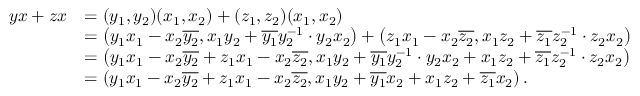
\begin{array} { r l } { y x + z x } & { = ( y _ { 1 } , y _ { 2 } ) ( x _ { 1 } , x _ { 2 } ) + ( z _ { 1 } , z _ { 2 } ) ( x _ { 1 } , x _ { 2 } ) } \\ & { = \left( y _ { 1 } x _ { 1 } - x _ { 2 } \overline { { y _ { 2 } } } , x _ { 1 } y _ { 2 } + \overline { { y _ { 1 } } } y _ { 2 } ^ { - 1 } \cdot y _ { 2 } x _ { 2 } \right) + \left( z _ { 1 } x _ { 1 } - x _ { 2 } \overline { { z _ { 2 } } } , x _ { 1 } z _ { 2 } + \overline { { z _ { 1 } } } z _ { 2 } ^ { - 1 } \cdot z _ { 2 } x _ { 2 } \right) } \\ & { = \left( y _ { 1 } x _ { 1 } - x _ { 2 } \overline { { y _ { 2 } } } + z _ { 1 } x _ { 1 } - x _ { 2 } \overline { { z _ { 2 } } } , x _ { 1 } y _ { 2 } + \overline { { y _ { 1 } } } y _ { 2 } ^ { - 1 } \cdot y _ { 2 } x _ { 2 } + x _ { 1 } z _ { 2 } + \overline { { z _ { 1 } } } z _ { 2 } ^ { - 1 } \cdot z _ { 2 } x _ { 2 } \right) } \\ & { = \left( y _ { 1 } x _ { 1 } - x _ { 2 } \overline { { y _ { 2 } } } + z _ { 1 } x _ { 1 } - x _ { 2 } \overline { { z _ { 2 } } } , x _ { 1 } y _ { 2 } + \overline { { y _ { 1 } } } x _ { 2 } + x _ { 1 } z _ { 2 } + \overline { { z _ { 1 } } } x _ { 2 } \right) . } \end{array}